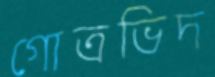
গোত্রভিদ